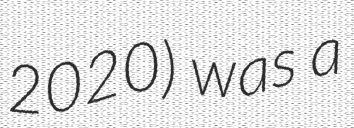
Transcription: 2020) was a